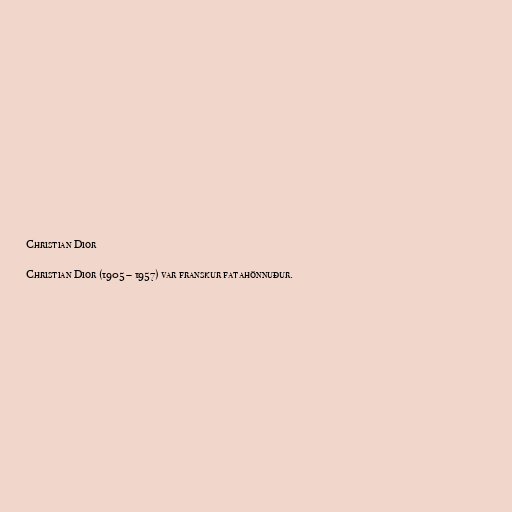
Christian Dior

Christian Dior (1905 – 1957) var franskur fatahönnuður.